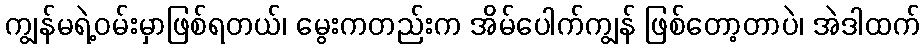
ကျွန်မရဲ့ဝမ်းမှာဖြစ်ရတယ်၊ မွေးကတည်းက အိမ်ပေါက်ကျွန် ဖြစ်တော့တာပဲ၊ အဲဒါထက်